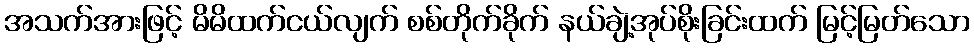
အသက်အားဖြင့် မိမိထက်ငယ်လျက် စစ်တိုက်ခိုက် နယ်ချဲ့အုပ်စိုးခြင်းထက် မြင့်မြတ်သော